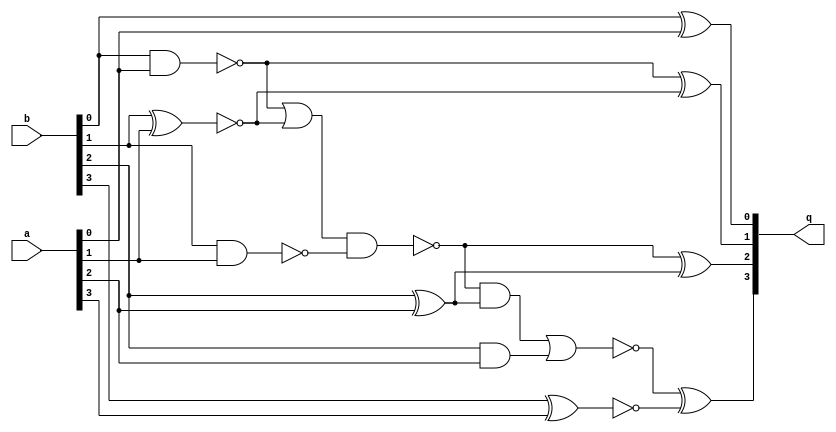
module addition(q, a, b);
  wire _00_;
  wire _01_;
  wire _02_;
  wire _03_;
  wire _04_;
  wire _05_;
  wire _06_;
  wire _07_;
  wire _temp0_;
  wire _temp1_;
  wire _temp2_;
  wire _temp3_;
  wire _temp4_;
  wire _temp5_;
  wire _temp6_;
  wire _temp7_;
  input [3:0] a;
  input [3:0] b;
  output [3:0] q;
  assign _temp0_ = b[1] ^ a[1];
  assign _00_ = ~_temp0_;
  assign _temp1_ = b[0] & a[0];
  assign _01_ = ~_temp1_;
  assign q[1] = _01_ ^ _00_;
  assign _02_ = b[2] ^ a[2];
  assign _temp2_ = b[1] & a[1];
  assign _03_ = ~_temp2_;
  assign _temp3_ = _01_ | _00_;
  assign _temp4_ = _temp3_ & _03_;
  assign _04_ = ~_temp4_;
  assign q[2] = _04_ ^ _02_;
  assign _temp5_ = b[3] ^ a[3];
  assign _05_ = ~_temp5_;
  assign _06_ = b[2] & a[2];
  assign _temp6_ = _04_ & _02_;
  assign _temp7_ = _temp6_ | _06_;
  assign _07_ = ~_temp7_;
  assign q[3] = _07_ ^ _05_;
  assign q[0] = b[0] ^ a[0];
endmodule